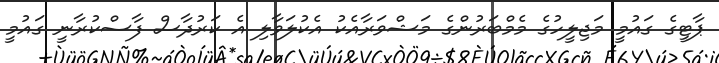
ޕާޓީގެ ގައުމީ މަޖިލީހުގެ މެމްބަރުންގެ މަޝްވަރާއެކު އެކުލަވާލި އެ ކަރުދާސް ފާސްކުރާނީ ގައުމީ